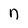
Character: n